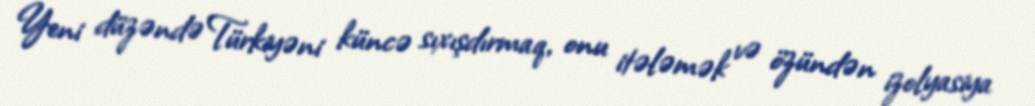
Yeni düzəndə Türkiyəni küncə sıxışdırmaq, onu itələmək və özündən izolyasiya